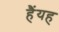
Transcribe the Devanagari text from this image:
हैंयह